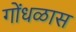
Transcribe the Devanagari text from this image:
गोंधळास